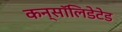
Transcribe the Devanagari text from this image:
कन्सॉलिडेटेड